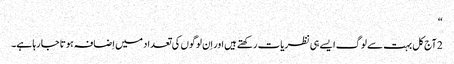
‏“‏
2 آج‌کل بہت سے لوگ ایسے ہی نظریات رکھتے ہیں اور اِن لوگوں کی تعداد میں اِضافہ ہوتا جا رہا ہے۔